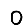
Digit: 0